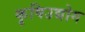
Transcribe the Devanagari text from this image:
कृषिउद्योग